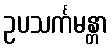
ဥပသင်္ကမန္တာ